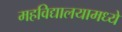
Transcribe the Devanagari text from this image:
महविद्यालयामध्ये